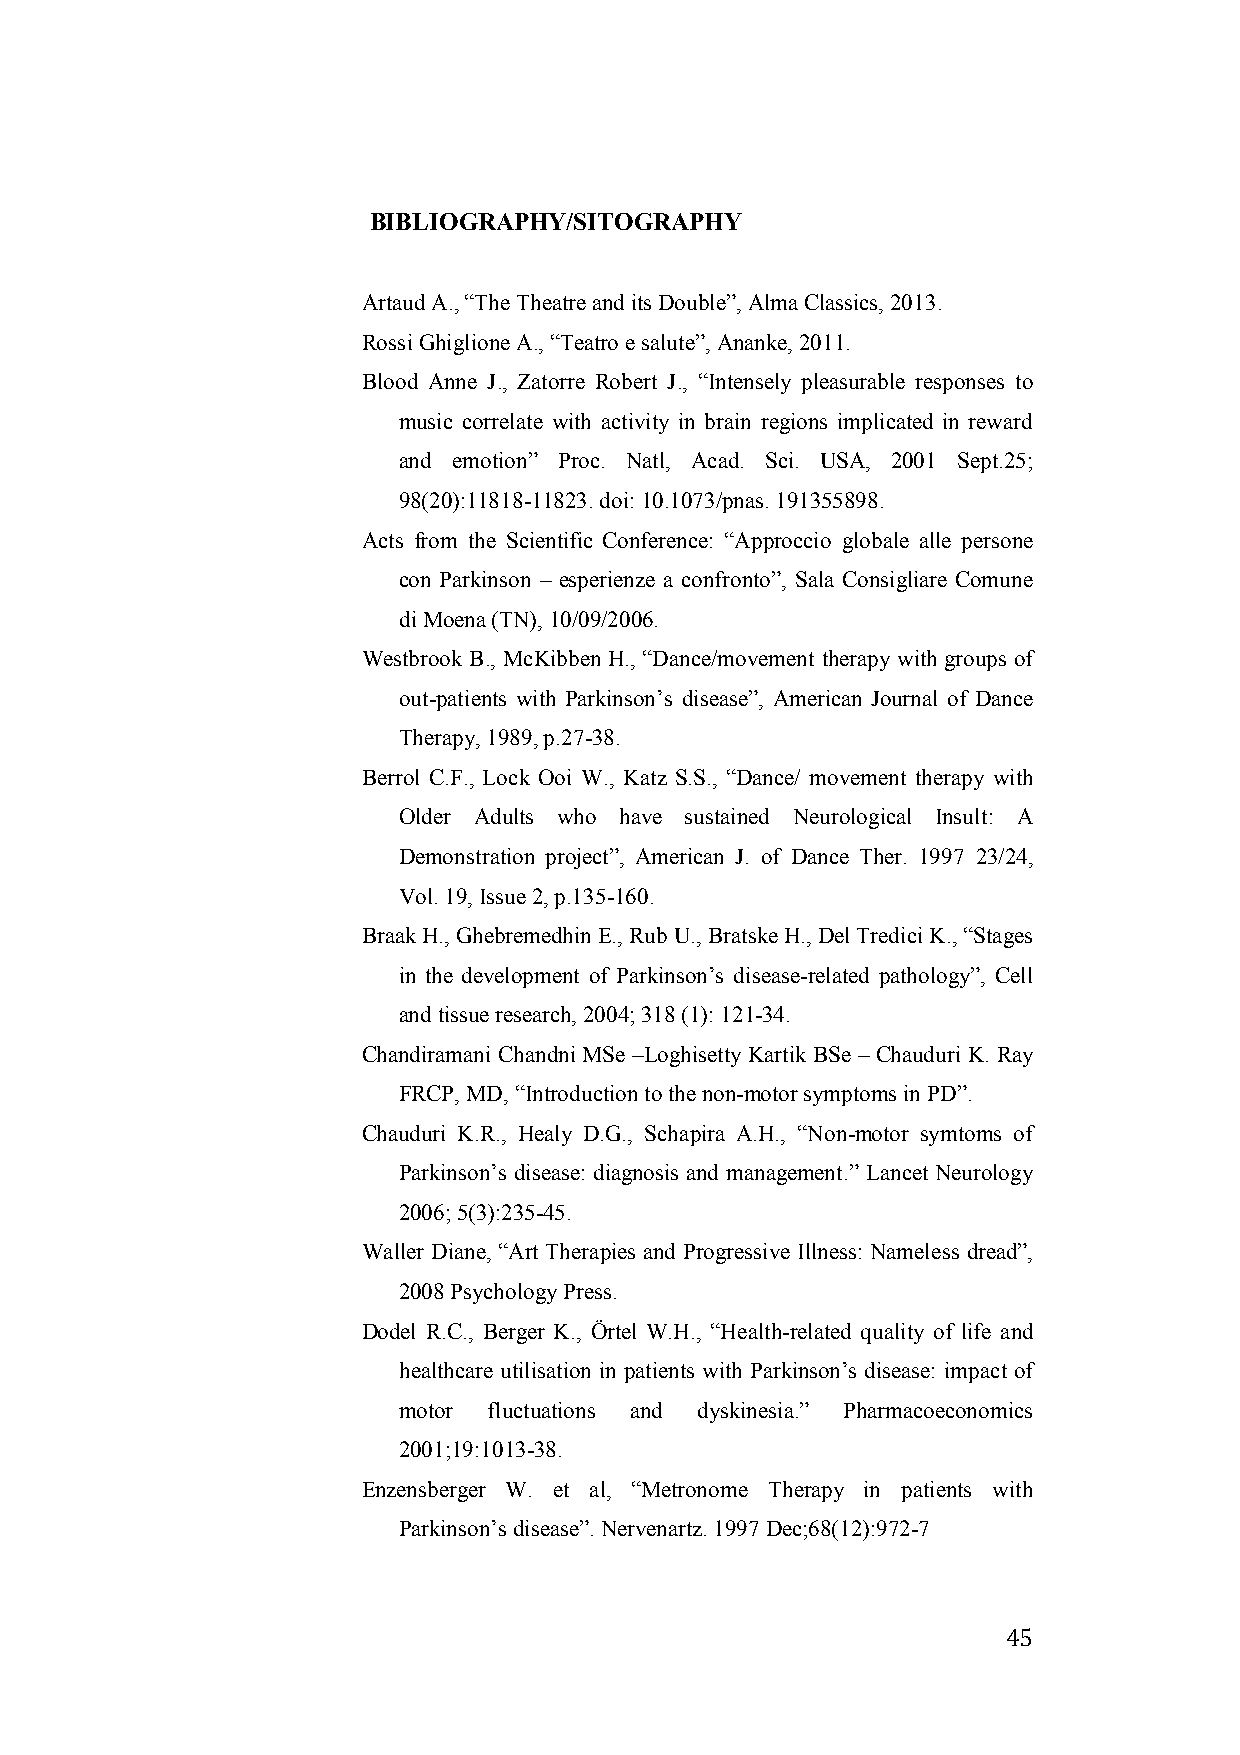
BIBLIOGRAPHY/SITOGRAPHY
 Artaud A., “The Theatre and its Double”, Alma Classics, 2013.
 Rossi Ghiglione A., “Teatro e salute”, Ananke, 2011.
 Blood Anne J., Zatorre Robert J., “Intensely pleasurable responses to
 music correlate with activity in brain regions implicated in reward
 and emotion” Proc. Natl, Acad. Sci. USA, 2001 Sept.25;
 98(20):11818-11823. doi: 10.1073/pnas. 191355898.
 Acts from the Scientific Conference: “Approccio globale alle persone
 con Parkinson – esperienze a confronto”, Sala Consigliare Comune
 di Moena (TN), 10/09/2006.
 Westbrook B., McKibben H., “Dance/movement therapy with groups of
 out-patients with Parkinson’s disease”, American Journal of Dance
 Therapy, 1989, p.27-38.
 Berrol C.F., Lock Ooi W., Katz S.S., “Dance/ movement therapy with
 Older Adults who have sustained Neurological Insult: A
 Demonstration project”, American J. of Dance Ther. 1997 23/24,
 Vol. 19, Issue 2, p.135-160.
 Braak H., Ghebremedhin E., Rub U., Bratske H., Del Tredici K., “Stages
 in the development of Parkinson’s disease-related pathology”, Cell
 and tissue research, 2004; 318 (1): 121-34.
 Chandiramani Chandni MSe –Loghisetty Kartik BSe – Chauduri K. Ray
 FRCP, MD, “Introduction to the non-motor symptoms in PD”.
 Chauduri K.R., Healy D.G., Schapira A.H., “Non-motor symtoms of
 Parkinson’s disease: diagnosis and management.” Lancet Neurology
 2006; 5(3):235-45.
 Waller Diane, “Art Therapies and Progressive Illness: Nameless dread”,
 2008 Psychology Press.
 Dodel R.C., Berger K., Örtel W.H., “Health-related quality of life and
 healthcare utilisation in patients with Parkinson’s disease: impact of
 motor fluctuations and dyskinesia.” Pharmacoeconomics
 2001;19:1013-38.
 Enzensberger W. et al, “Metronome Therapy in patients with
 Parkinson’s disease”. Nervenartz. 1997 Dec;68(12):972-7
 45